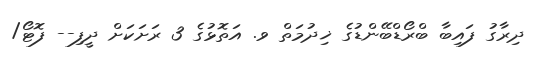
ދިރާގު ފައިބާ ބްރޯޑްބޭންޑުގެ ޚިދުމަތް ވ. އަތޮޅުގެ 3 ރަށަކަށް ދީފި-- ފޮޓޯ/